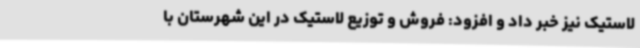
لاستیک نیز خبر داد و افزود: فروش و توزیع لاستیک در این شهرستان با